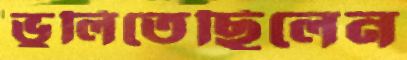
ভুলিতেছিলেন